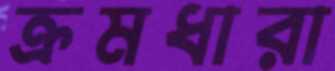
ক্রমধারা